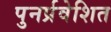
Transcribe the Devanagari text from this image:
पुनर्प्रवेशित